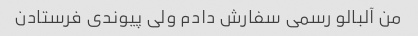
من آلبالو رسمی سفارش دادم ولی پیوندی فرستادن